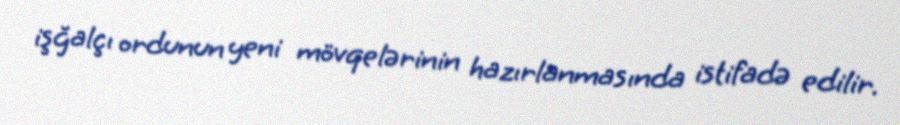
işğalçı ordunun yeni mövqelərinin hazırlanmasında istifadə edilir.